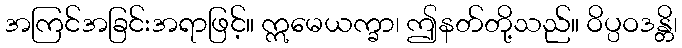
အကြင်အခြင်းအရာဖြင့်။ ဣမေယက္ခာ၊ ဤနတ်တို့သည်။ ဝိပ္ပဝဒန္တိ၊